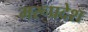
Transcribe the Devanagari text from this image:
मरूप्रदेश